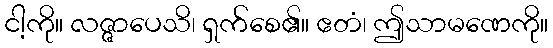
ငါ့ကို။ လဇ္ဇာပေသိ၊ ရှက်စေ၏။ ဧတံ၊ ဤသာမဏေကို။